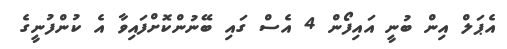
އެޕަލް އިން ބުނީ އައިފޯން 4 އެސް ގައި ބޭނުންކޮށްފައިވާ އެ ކުންފުނީގެ